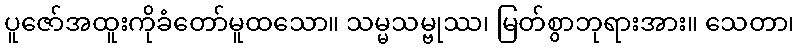
ပူဇော်အထူးကိုခံတော်မူထသော။ သမ္မသမ္ဗုဿ၊ မြတ်စွာဘုရားအား။ သေတာ၊